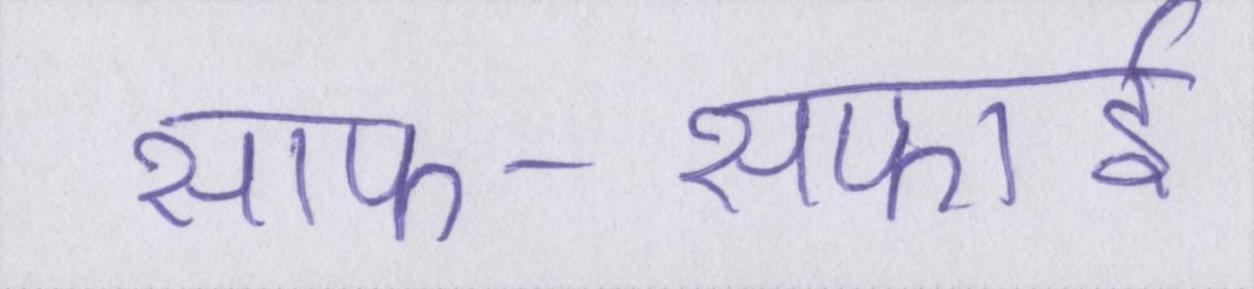
साफ-सफाई